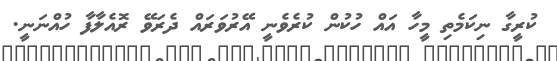
ކުރީގާ ނިކަމެތި މީހާ އައް ހުކުން ކުރެވެނީ އޭރުވަރައް ދެރަވޭ ރޮއެލާފާ ހުއްނަނީ.